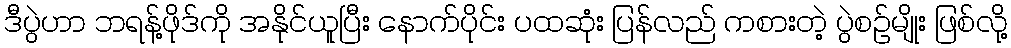
ဒီပွဲဟာ ဘရန့်ဖိုဒ်ကို အနိုင်ယူပြီး နောက်ပိုင်း ပထဆုံး ပြန်လည် ကစားတဲ့ ပွဲစဉ်မျိုး ဖြစ်လို့